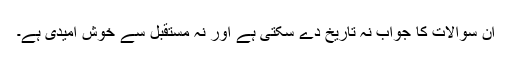
اِن سوالات کا جواب نہ تاریخ دے سکتی ہے اور نہ مستقبل سے خوش امیدی ہے۔